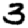
Digit: 3